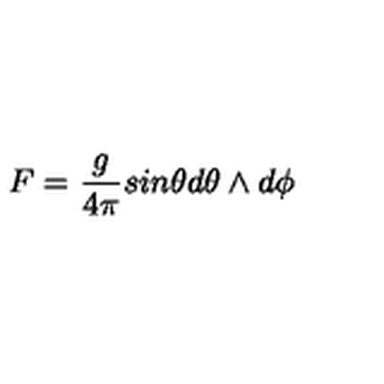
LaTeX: F = \frac { g } { 4 \pi } s i n \theta d \theta \wedge d \phi